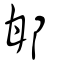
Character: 邯